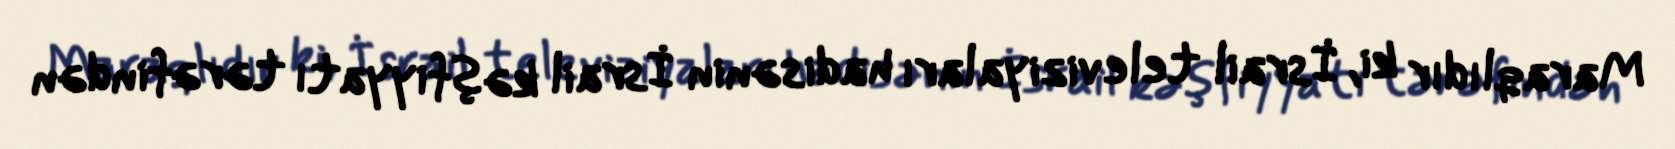
Maraqlıdır ki, İsrail televiziyaları hadisənin İsrail kəşfiyyatı tərəfindən